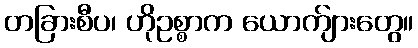
တခြားစီပ၊ ဟိုဥစ္စာက ယောက်ျားတွေ။